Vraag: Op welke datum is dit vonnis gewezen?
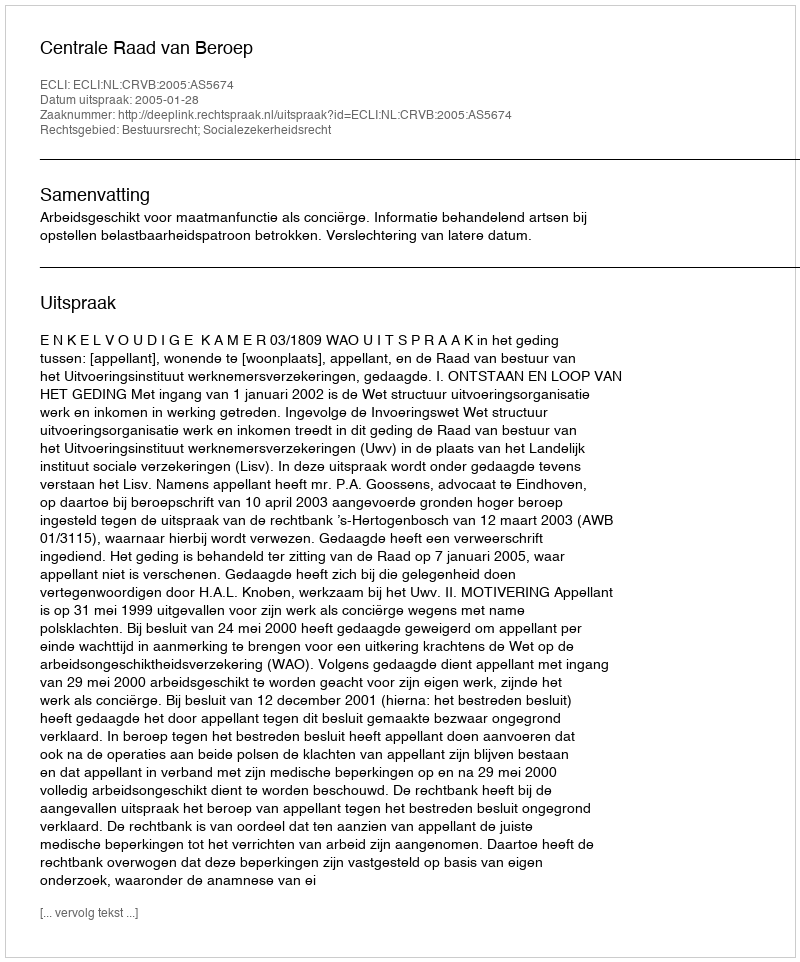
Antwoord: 2005-01-28